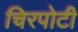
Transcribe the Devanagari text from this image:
चिरपोटी